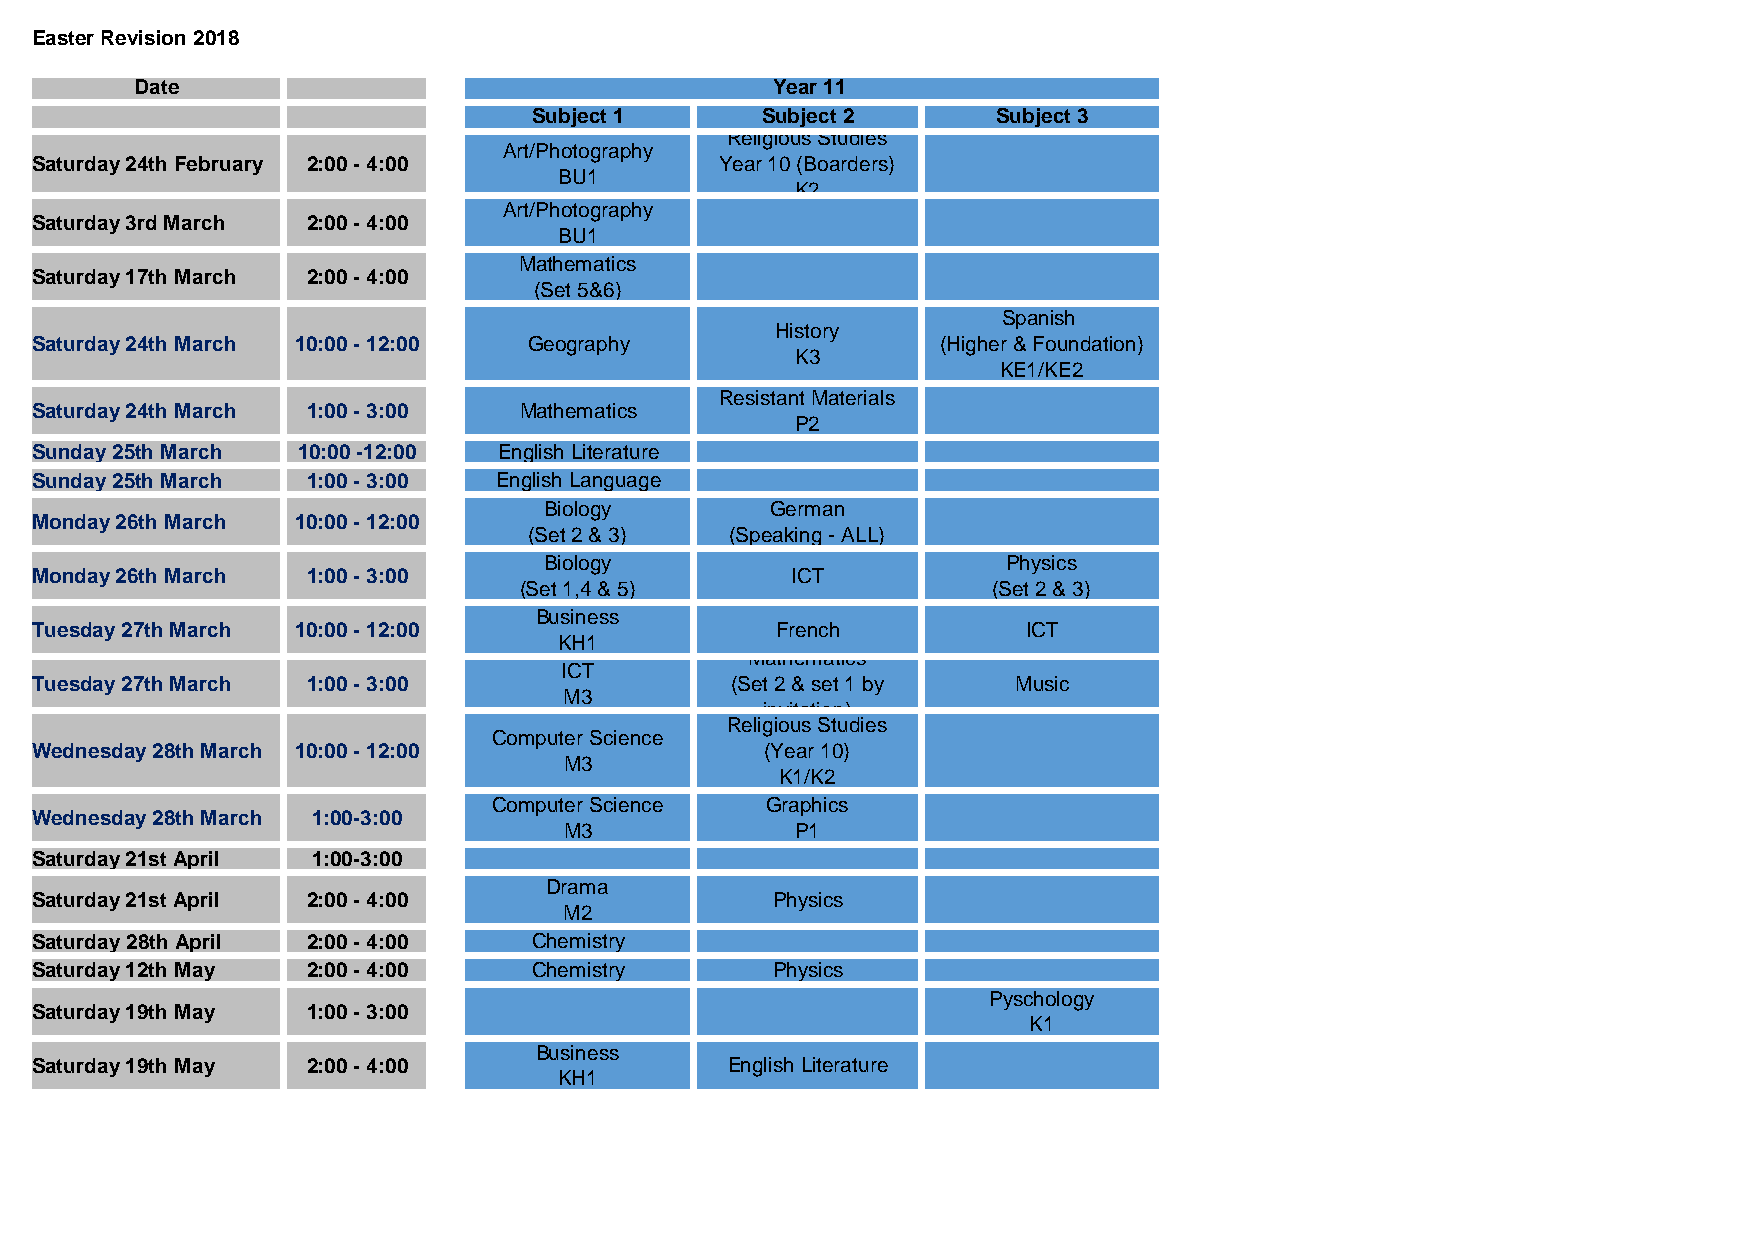
Easter Revision 2018
 Date                                      Year 11
 Subject 1      Subject 2       Subject 3
 Religious Studies
 Art/Photography
 Saturday 24th February 2:00 - 4:00            Year 10 (Boarders)
 BU1
 K2
 Art/Photography
 Saturday 3rd March 2:00 - 4:00
 BU1
 Mathematics
 Saturday 17th March 2:00 - 4:00
 (Set 5&6)
 Spanish
 History
 Saturday 24th March 10:00 - 12:00 Geography                 (Higher & Foundation)
 K3
 KE1/KE2
 Resistant Materials
 Saturday 24th March 1:00 - 3:00 Mathematics
 P2
 Sunday 25th March 10:00 -12:00 English Literature
 Sunday 25th March 1:00 - 3:00  English Language
 Biology        German
 Monday 26th March 10:00 - 12:00
 (Set 2 & 3)  (Speaking - ALL)
 Biology                        Physics
 Monday 26th March 1:00 - 3:00                     ICT
 (Set 1,4 & 5)                   (Set 2 & 3)
 Business
 Tuesday 27th March 10:00 - 12:00                 French           ICT
 KH1
 Mathematics
 ICT
 Tuesday 27th March 1:00 - 3:00                (Set 2 & set 1 by  Music
 M3
 invitation)
 Religious Studies
 Computer Science
 Wednesday 28th March 10:00 - 12:00               (Year 10)
 M3
 K1/K2
 Computer Science  Graphics
 Wednesday 28th March 1:00-3:00
 M3              P1
 Saturday 21st April 1:00-3:00
 Drama
 Saturday 21st April 2:00 - 4:00                  Physics
 M2
 Saturday 28th April 2:00 - 4:00  Chemistry
 Saturday 12th May 2:00 - 4:00    Chemistry       Physics
 Pyschology
 Saturday 19th May 1:00 - 3:00
 K1
 Business
 Saturday 19th May 2:00 - 4:00                 English Literature
 KH1